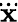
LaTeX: \dddot{\mathbf{x}}